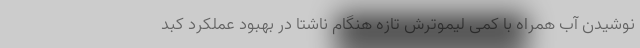
نوشیدن آب همراه با کمی لیموترش تازه هنگام ناشتا در بهبود عملکرد کبد